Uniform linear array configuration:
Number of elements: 12
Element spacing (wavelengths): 0.75
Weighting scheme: cosine
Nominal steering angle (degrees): -60
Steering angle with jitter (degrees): -59.435
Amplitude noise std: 0.05
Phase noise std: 0.05

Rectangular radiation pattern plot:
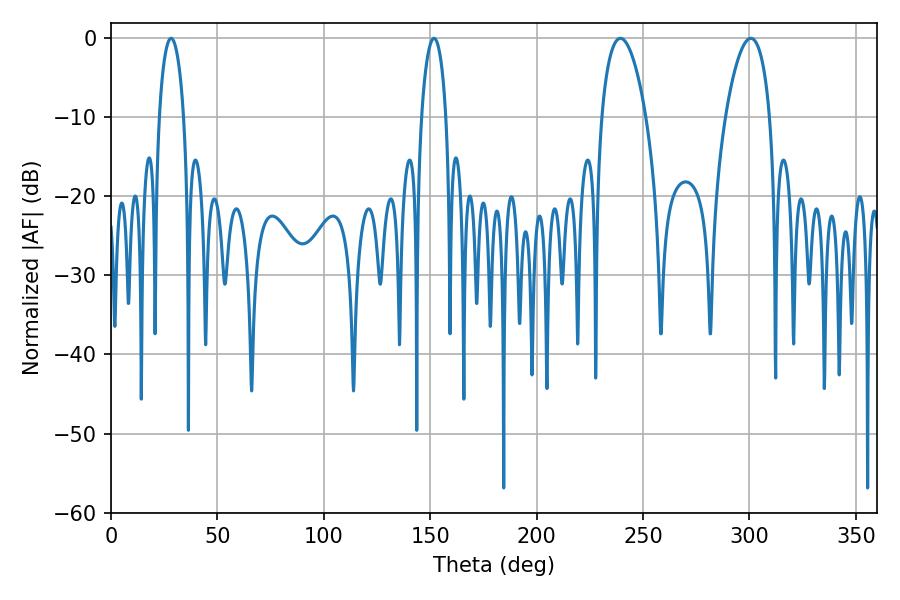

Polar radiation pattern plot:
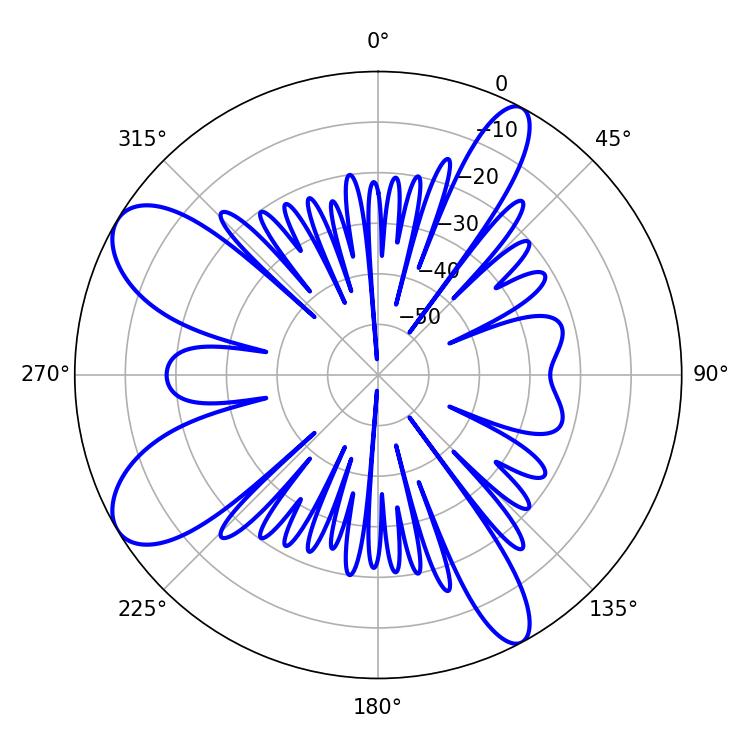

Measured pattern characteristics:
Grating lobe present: TRUE
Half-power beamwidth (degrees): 11.7
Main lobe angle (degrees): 239.4